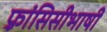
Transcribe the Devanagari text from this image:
फ़्रांसिसीभाषी